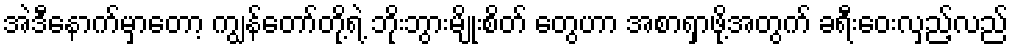
အဲဒီနောက်မှာတော့ ကျွန်တော်တို့ရဲ့ ဘိုးဘွားမျိုးစိတ် တွေဟာ အစာရှာဖို့အတွက် ခရီးဝေးလှည့်လည်